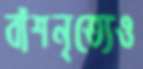
বাঁশনৃত্যেও